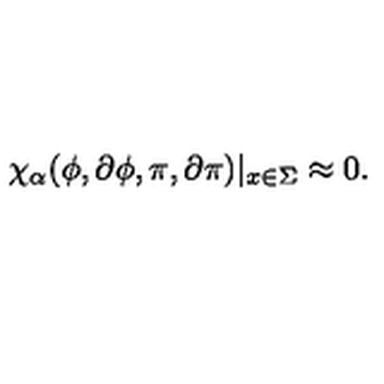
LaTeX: \chi _ { \alpha } ( \phi , \partial \phi , \pi , \partial \pi ) | _ { x \in \Sigma } \approx 0 .